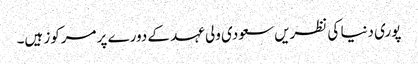
پوری دنیا کی نظریں سعودی ولی عہد کے دورے پر مرکوز ہیں۔